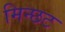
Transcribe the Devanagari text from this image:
मिन्छट